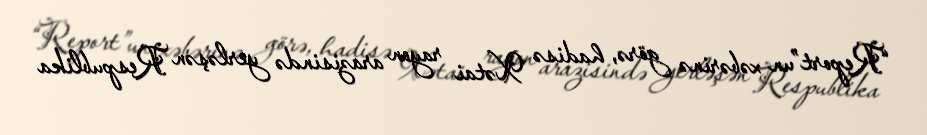
“Report”un xəbərinə görə, hadisə Xətai rayon arazisində yerləşən Respublika